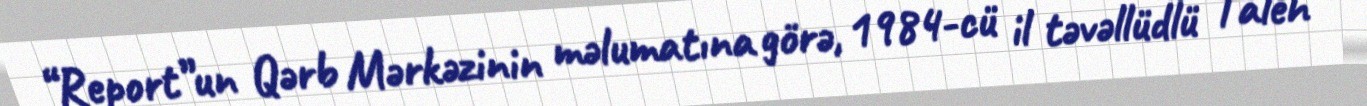
“Report”un Qərb Mərkəzinin məlumatına görə, 1984-cü il təvəllüdlü Taleh